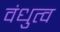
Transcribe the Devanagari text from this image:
वंधुत्व